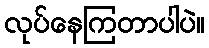
လုပ်နေကြတာပါပဲ။